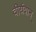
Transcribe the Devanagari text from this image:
वीर्यवान्